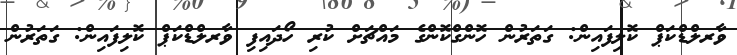
ވާރލްޑްކަޕް ކޮލިފައިން: ގަތަރުން ހޮންގްކޮންގެ މައްޗަށް ކުރި ހޯދައިފި ވާރލްޑްކަޕް ކޮލިފައިން: ގަތަރުން